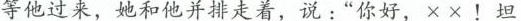
等他过来，她和他并排走着，说：”你好，××！坦